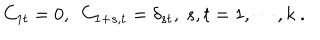
C _ { 1 t } = 0 , ~ ~ C _ { 1 + s , t } = \delta _ { s t } , ~ s , t = 1 , \cdots , k ~ .